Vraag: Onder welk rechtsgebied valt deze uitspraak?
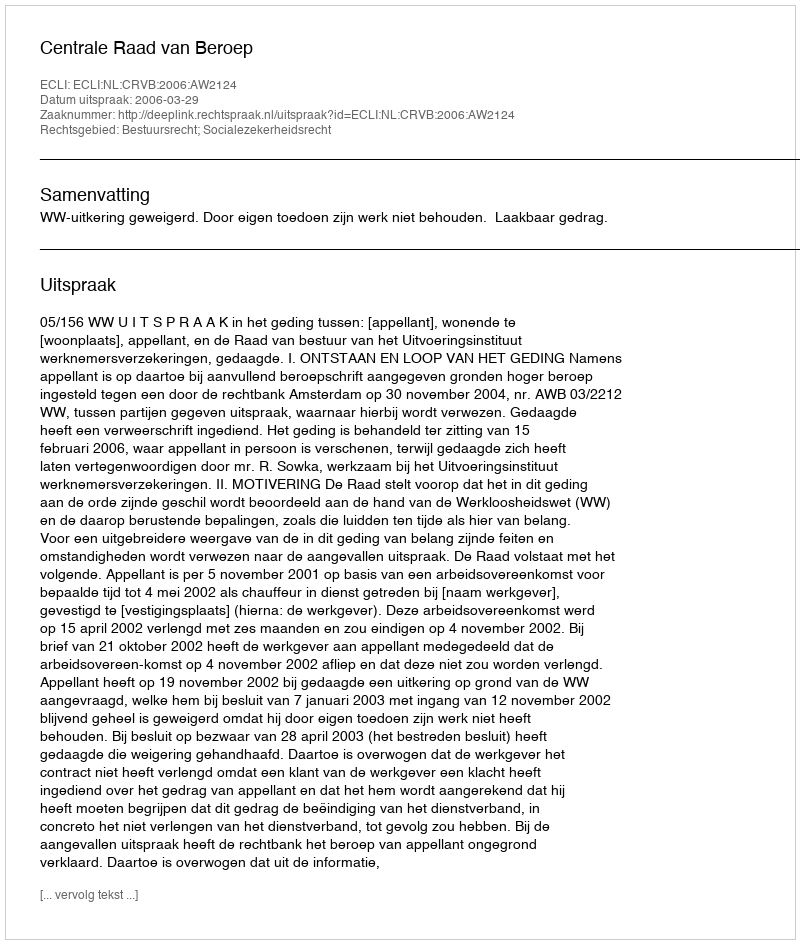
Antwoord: Bestuursrecht; Socialezekerheidsrecht